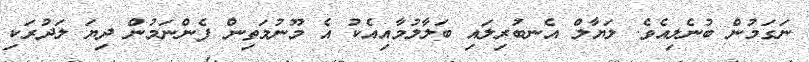
ނަގަމުން ބުނެލިއެވެ. ލަޔާލް އެނބުރިލައި ބަލާލުމާއިއެކު އެ މޫނުމަތިން ފެންނަމުން ދިޔަ ލަދުރަކި